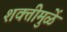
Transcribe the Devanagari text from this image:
शक्तीमुळें